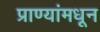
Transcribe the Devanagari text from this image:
प्राण्यांमधून